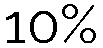
10%